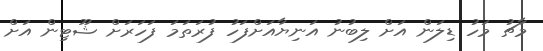
މާޗު މަހު ޑިލަން އަށް ލިބުނު އަނިޔާއަށްފަހު ފުރަތަމަ ފަހަރަށް ޝޫޓިން އަށް